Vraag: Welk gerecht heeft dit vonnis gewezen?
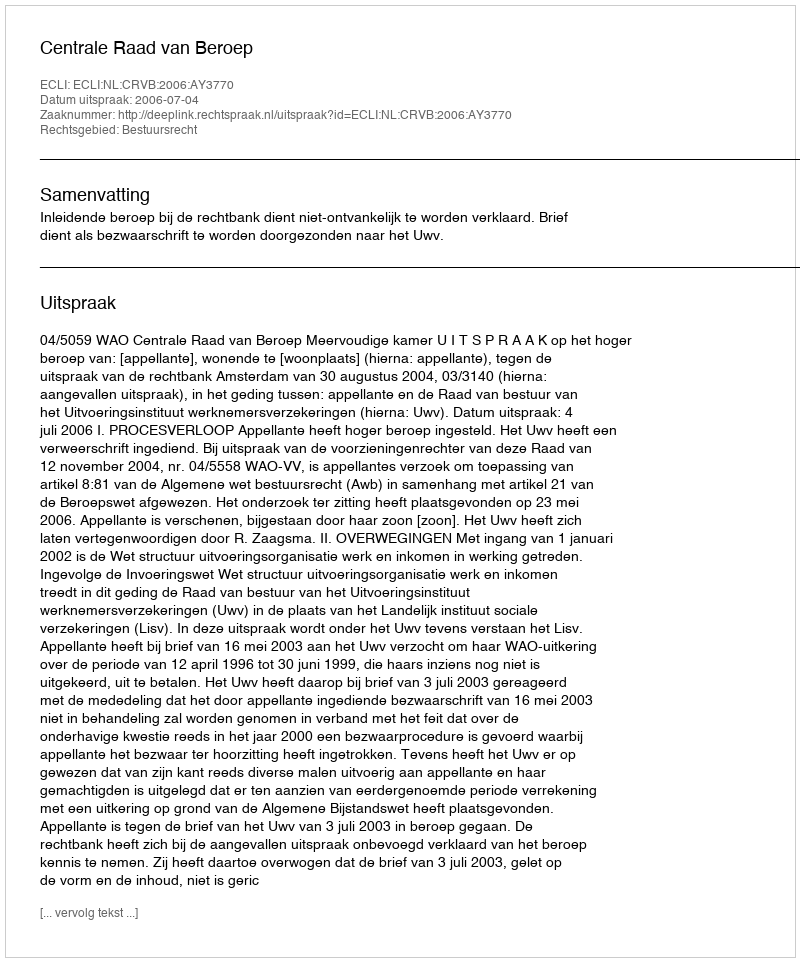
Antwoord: Centrale Raad van Beroep